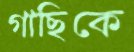
গাছিকে